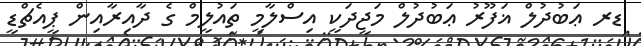
ޑރ ޢަބުދުލް ޣަފޫރު ޢަބުދުލް މަޖީދަކީ އިސްލާމީ ތައުލީމް ގެ ދާއިރާއިން ޕީއެޗްޑީ